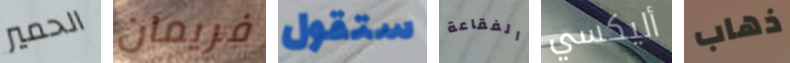
الحمير فريمان ستقول الفقاعة أليكسي ذهاب